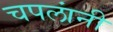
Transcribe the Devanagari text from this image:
चपलांनी